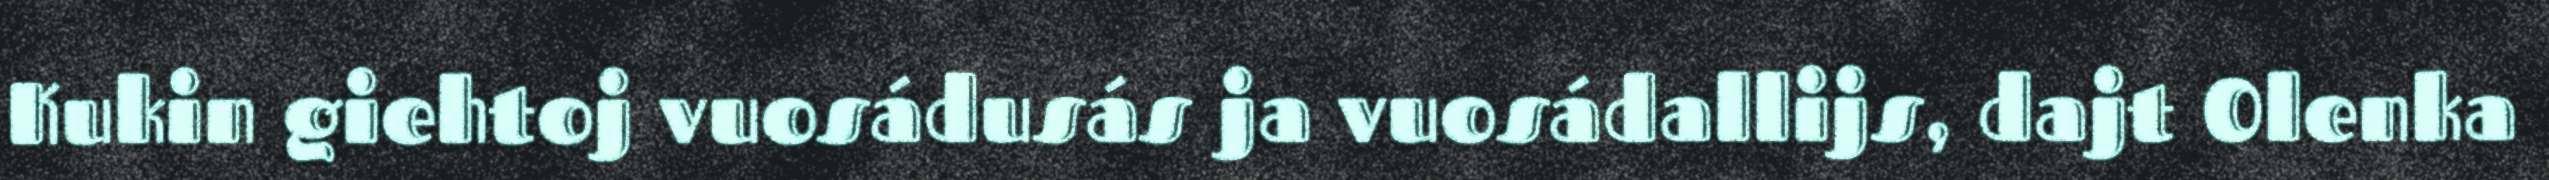
Kukin giehtoj vuosádusás ja vuosádallijs, dajt Olenka